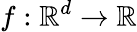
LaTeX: f:\mathbb{R}^{d}\rightarrow\mathbb{R}